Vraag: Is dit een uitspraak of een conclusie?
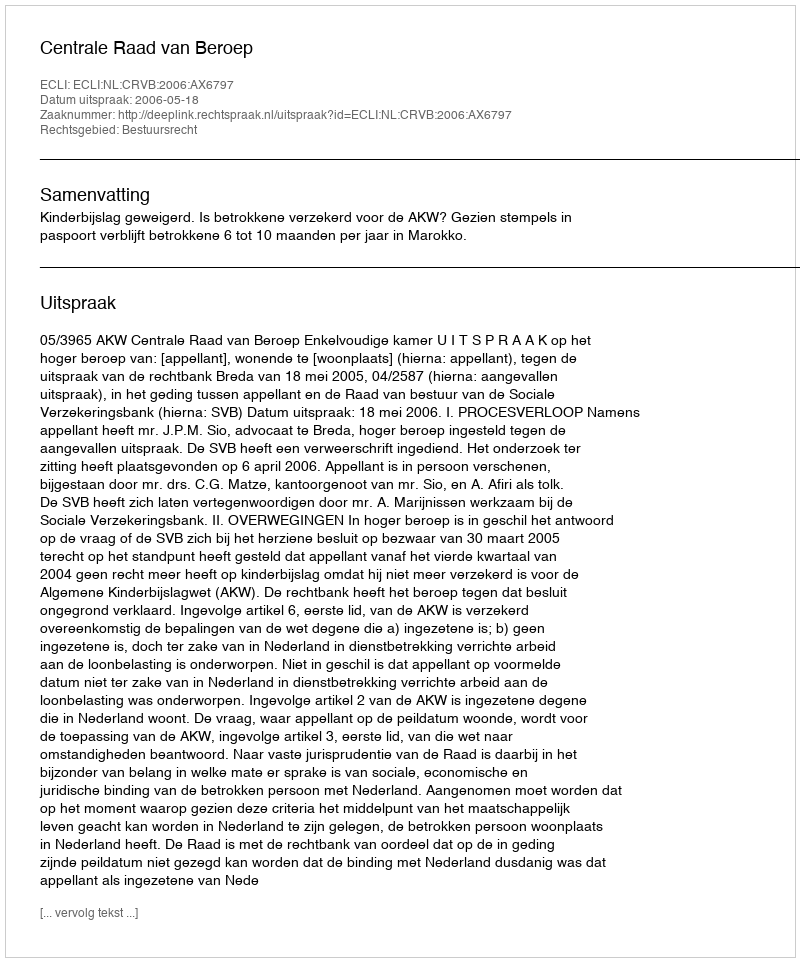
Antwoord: Uitspraak